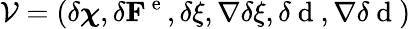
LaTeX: \mathcal{V}=(\delta\boldsymbol{\chi},\delta{\mathbf F}^{\mathrm{~e~}},\delta\xi,\nabla\delta\xi,\delta\mathrm{~d~},\nabla\delta\mathrm{~d~})